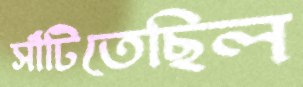
সাঁটিতেছিল